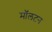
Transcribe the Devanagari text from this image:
मॉलटन